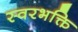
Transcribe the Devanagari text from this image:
स्वरभक्ति